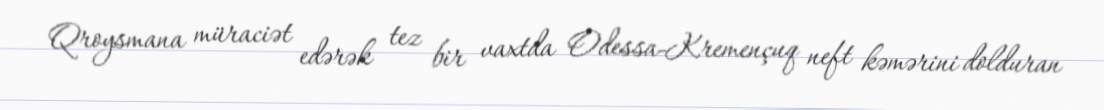
Qroysmana müraciət edərək tez bir vaxtda Odessa-Kremençuq neft kəmərini dolduran